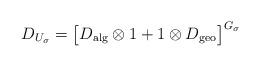
LaTeX: \begin{align*}D_{U_\sigma} = \big[D_{ \mathrm{alg}} \otimes 1 + 1\otimes D_{\mathrm{geo}}\big]^{G_\sigma}\end{align*}